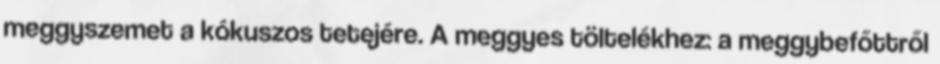
meggyszemet a kókuszos tetejére. A meggyes töltelékhez: a meggybefőttről